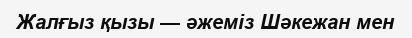
Жалғыз қызы — әжеміз Шәкежан мен